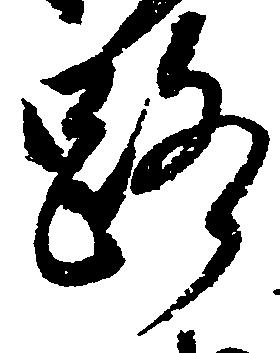
路